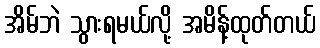
အိမ်ဘဲ သွားရမယ်လို့ အမိန့်ထုတ်တယ်